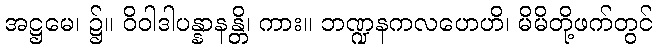
အဋ္ဌမေ၊ ၌။ ဝိဝါဒါပန္နာနန္တိ၊ ကား။ ဘဏ္ဍနကလဟေဟိ၊ မိမိတို့ဖက်တွင်